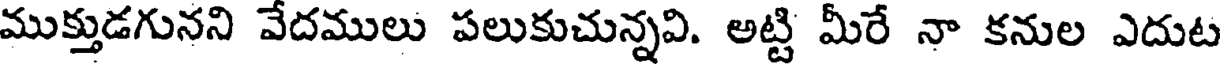
ముక్తుడగునని వేదములు పలుకుచున్నవి. అట్టి మీరే నా కనుల ఎదుట